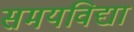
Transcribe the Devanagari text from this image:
समयविद्या